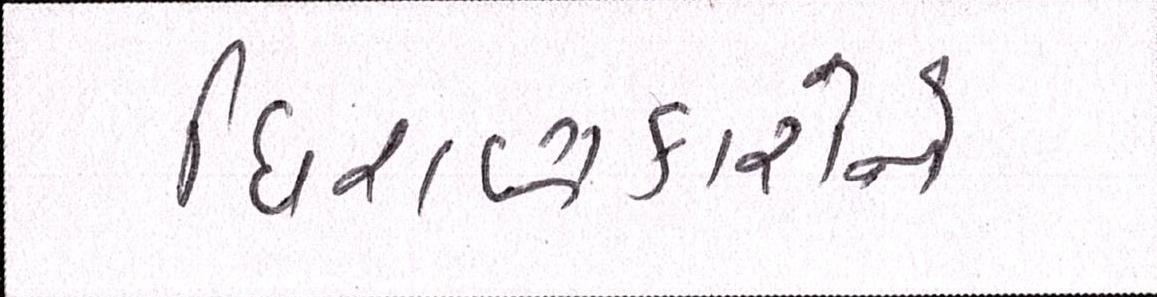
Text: ધિરાણકારોને